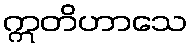
ဣတိဟာသေ